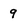
Character: 9